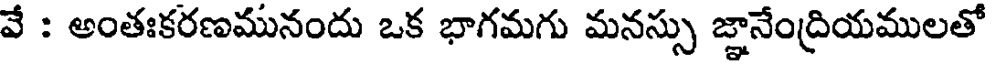
వే : అంతఃకరణమునందు ఒక భాగమగు మనస్సు జ్ఞానేంద్రియములతో